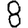
Digit: 8